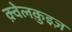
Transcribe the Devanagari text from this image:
क़्वेलक़ुइज़